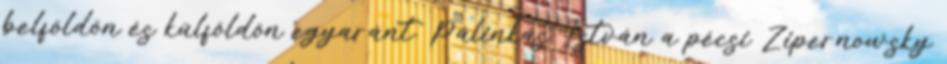
belföldön és külföldön egyaránt. Pálinkás István a pécsi Zipernowsky